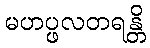
မဟပ္ဖလတရန္တိ